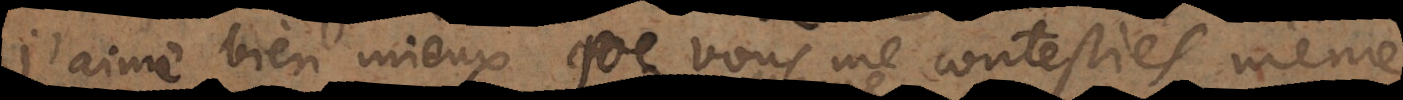
j’aime bien mieux que vous me contestiés même